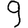
Digit: 9